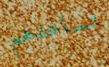
تساعدهم